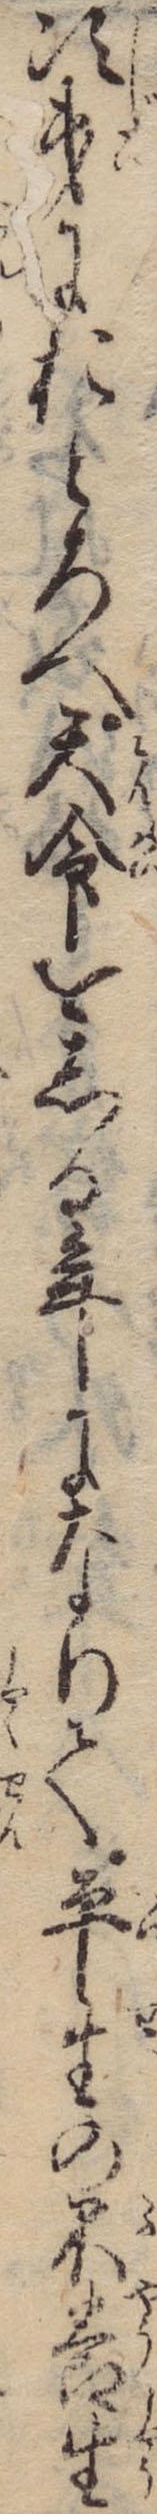
次第におとろへ天命をしる年になりて平生の不養生